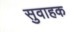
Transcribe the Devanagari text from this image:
सुवाहक